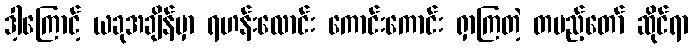
ဒါ့ကြောင့် ယခုအချိန်မှာ ရဟန်းလောင်း ကောင်းကောင်း ရှာကြတဲ့ တပည့်တော် ဆိုင်ရာ